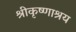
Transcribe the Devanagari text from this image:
श्रीकृष्णाश्रय